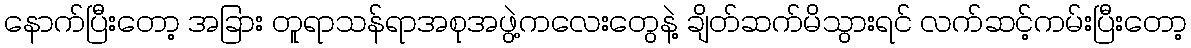
နောက်ပြီးတော့ အခြား တူရာသန်ရာအစုအဖွဲ့ကလေးတွေနဲ့ ချိတ်ဆက်မိသွားရင် လက်ဆင့်ကမ်းပြီးတော့